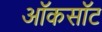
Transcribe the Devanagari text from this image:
ऑकसॉट